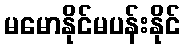
မမောနိုင်မပန်းနိုင်